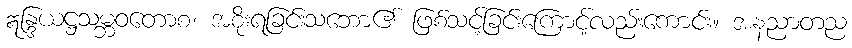
ဣန္ဒြယဋ္ဌသမ္ဘဝတောစ၊ အစိုးရခြင်းသဘော၏ ဖြစ်သင့်ခြင်းကြောင့်လည်းကောင်း။ အနညာတည